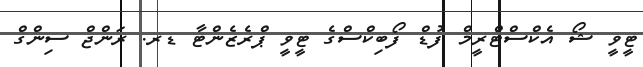
ޓީވީ ޝޯ އެކްސްޓްރީމް ފުޑް ފޯބިކްސްގެ ޓީވީ ޕްރެޒެންޓާ ޑރ. ރަންޖް ސިންގް